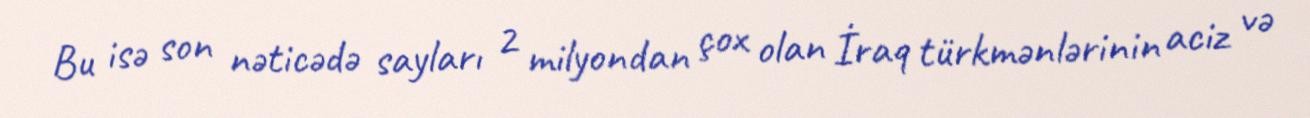
Bu isə son nəticədə sayları 2 milyondan çox olan İraq türkmənlərinin aciz və